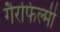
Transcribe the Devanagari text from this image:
गैरफिल्मी